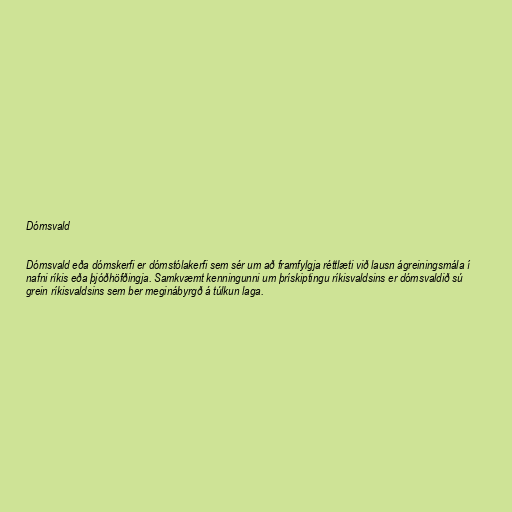
Dómsvald

Dómsvald eða dómskerfi er dómstólakerfi sem sér um að framfylgja réttlæti við lausn ágreiningsmála í
nafni ríkis eða þjóðhöfðingja. Samkvæmt kenningunni um þrískiptingu ríkisvaldsins er dómsvaldið sú
grein ríkisvaldsins sem ber meginábyrgð á túlkun laga.